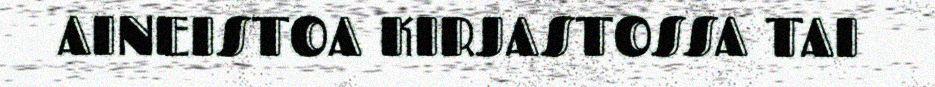
AINEISTOA KIRJASTOSSA TAI